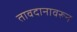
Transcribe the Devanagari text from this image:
तावदानावरून